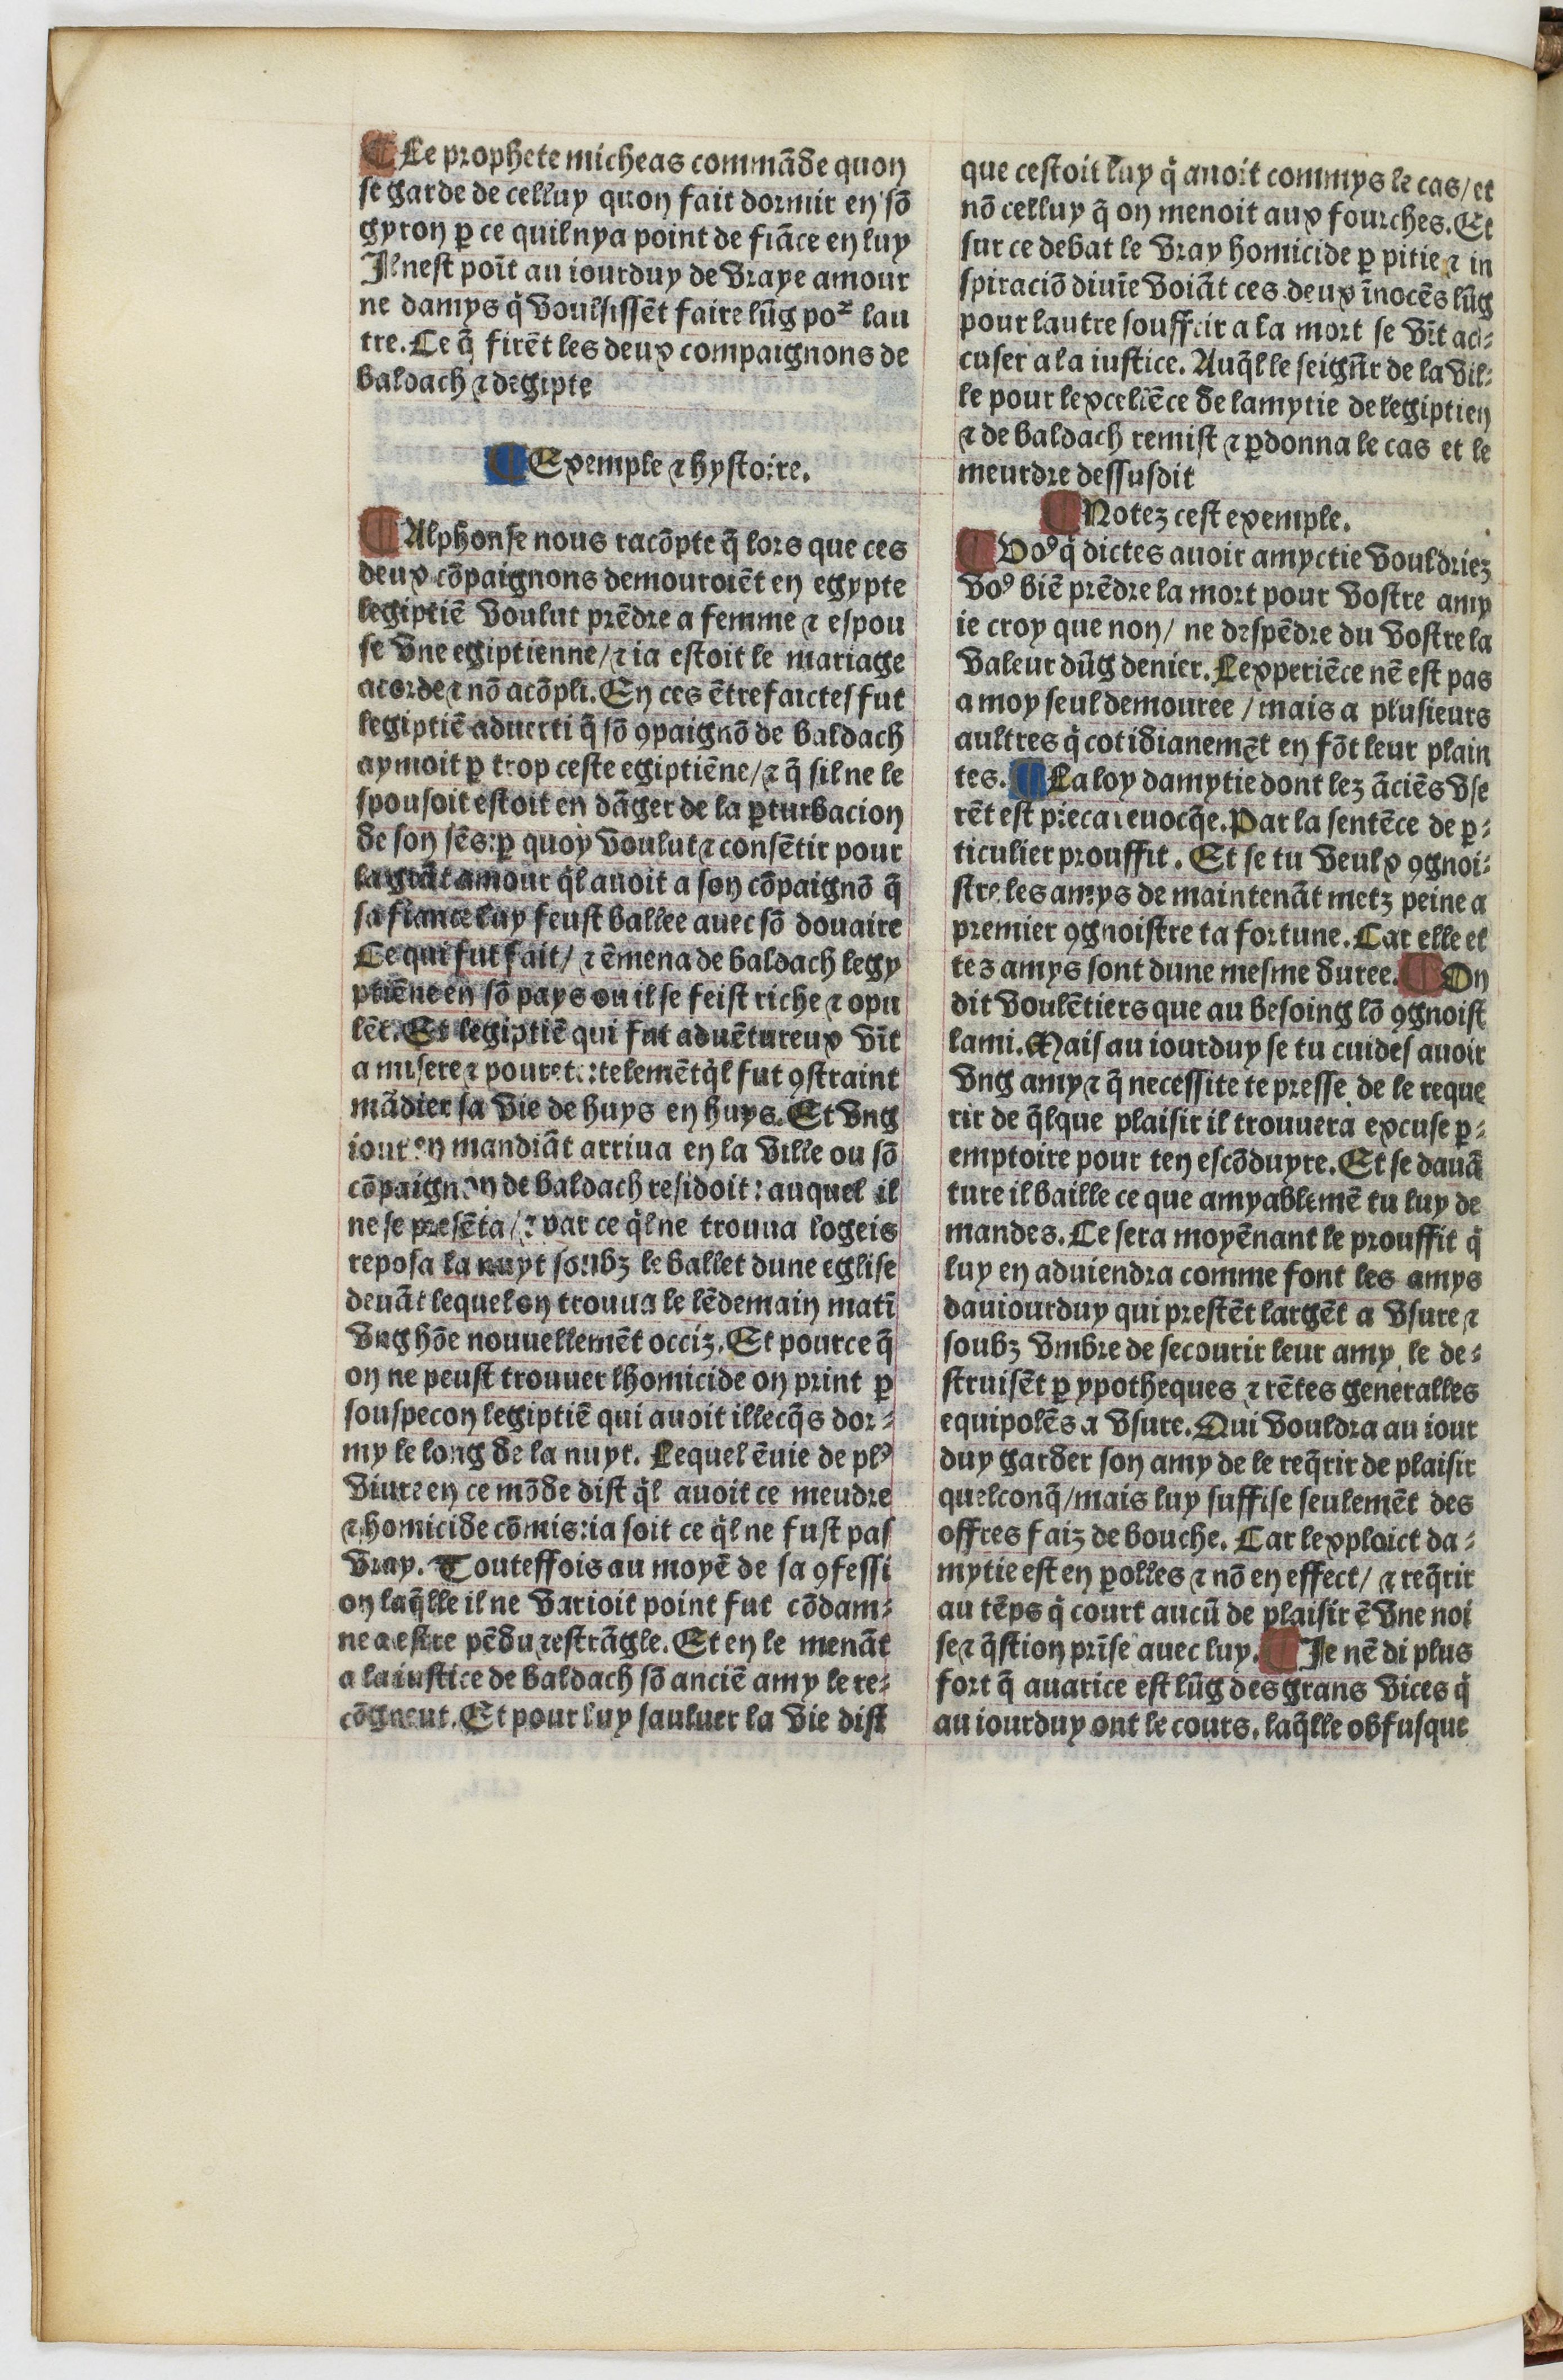
Shelfmark: Paris, BnF, Velins 1103
Century: 16